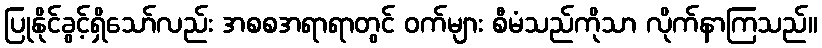
ပြုနိုင်ခွင့်ရှိသော်လည်း အစစအရာရာတွင် ဝက်များ စီမံသည်ကိုသာ လိုက်နာကြသည်။